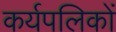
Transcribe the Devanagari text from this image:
कर्यपलिकों